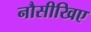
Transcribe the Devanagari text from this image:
नौसीखिए